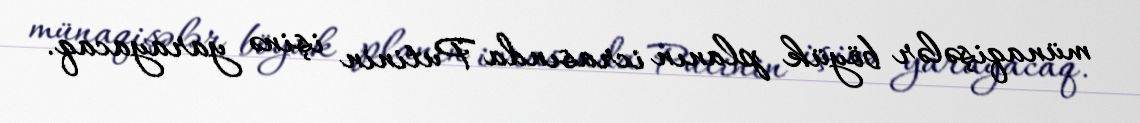
münaqişələr böyük planın icrasında Putinin işinə yarayacaq.